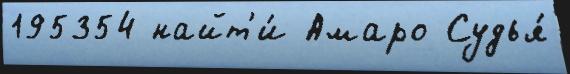
195354 найт'и́ Амаро Судья́